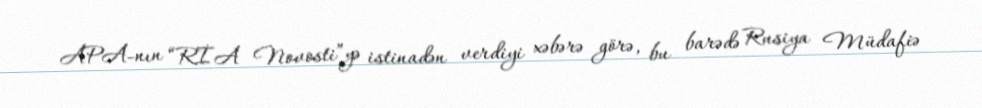
APA-nın “RİA Novosti”yə istinadən verdiyi xəbərə görə, bu barədə Rusiya Müdafiə